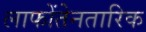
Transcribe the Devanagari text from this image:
लाफोंतेनतारिक